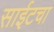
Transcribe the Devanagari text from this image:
साईटचा